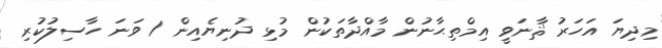
މިދިޔަ އަހަރު ޘާނަވީ އިމްތިޙާނުން މާއްދާތަކުން މުޅި ދުނިޔެއިން 1 ވަނަ ހާސިލުކުރި